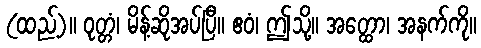
(ထည့်)။ ဝုတ္တံ၊ မိန့်ဆိုအပ်ပြီ။ ဧဝံ၊ ဤသို့။ အတ္ထော၊ အနက်ကို။